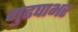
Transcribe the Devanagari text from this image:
गुढघाभर